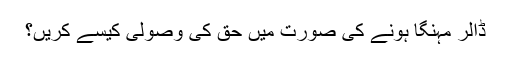
ڈالر مہنگا ہونے کی صورت میں حق کی وصولی کیسے کریں؟